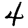
Digit: 4